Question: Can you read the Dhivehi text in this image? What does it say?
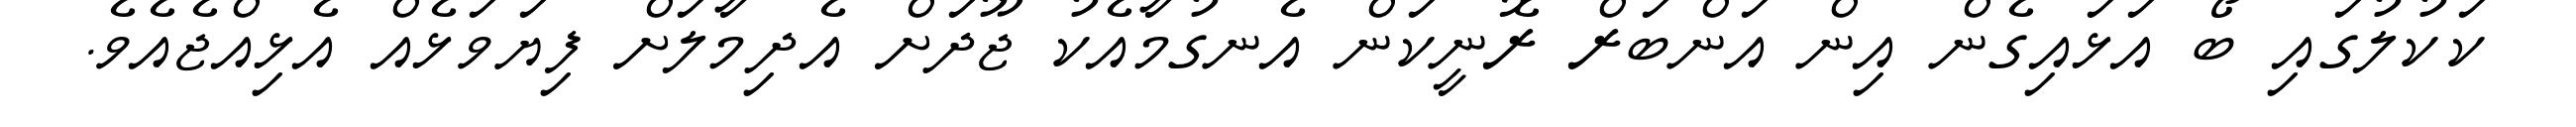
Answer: ކަކުލުގައި ބޯ އަޅައިގެން އިން އަންބަރް ރޮނީކަން އެނގުމާއެކު ޖޫދަށް އެދިމާލަށް ފިޔަވަޅެއް އެޅިއްޖެއެވެ.